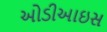
ઓડીઆઇસ